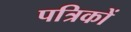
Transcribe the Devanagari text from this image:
पत्रिकों